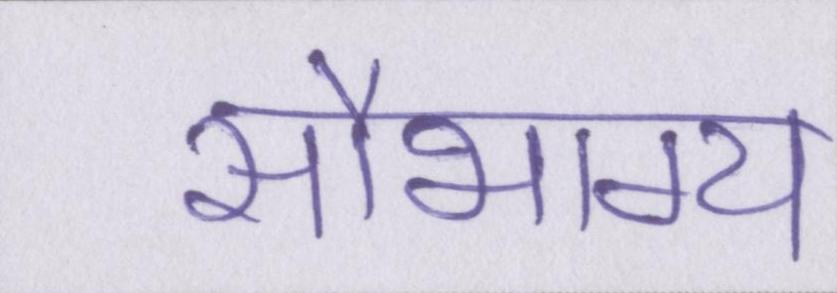
सौभाग्य